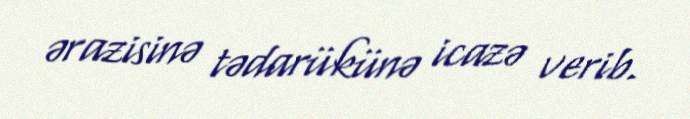
ərazisinə tədarükünə icazə verib.